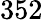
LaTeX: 352